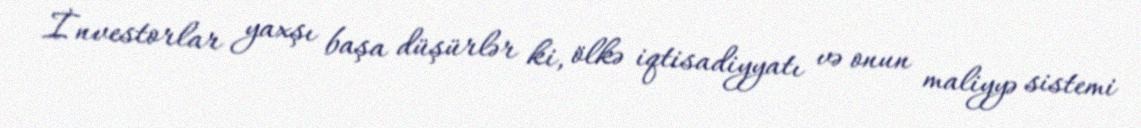
İnvestorlar yaxşı başa düşürlər ki, ölkə iqtisadiyyatı və onun maliyyə sistemi